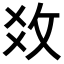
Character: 𢼂